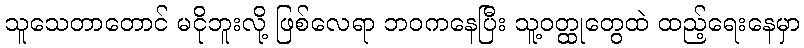
သူသေတာတောင် မငိုဘူးလို့ ဖြစ်လေရာ ဘဝကနေပြီး သူ့ဝတ္ထုတွေထဲ ထည့်ရေးနေမှာ